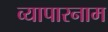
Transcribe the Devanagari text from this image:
व्यापारनाम